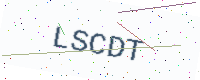
Text: LSCDT